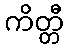
ကိတ္တီ